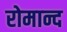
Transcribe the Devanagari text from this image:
रोमान्द